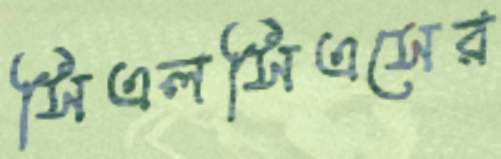
সিএলসিএসের